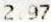
2.97